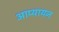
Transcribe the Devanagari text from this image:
आप्यायन